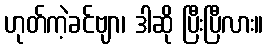
ဟုတ်ကဲ့ခင်ဗျာ၊ ဒါဆို ပြီးပြီလား။